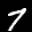
Label: 7